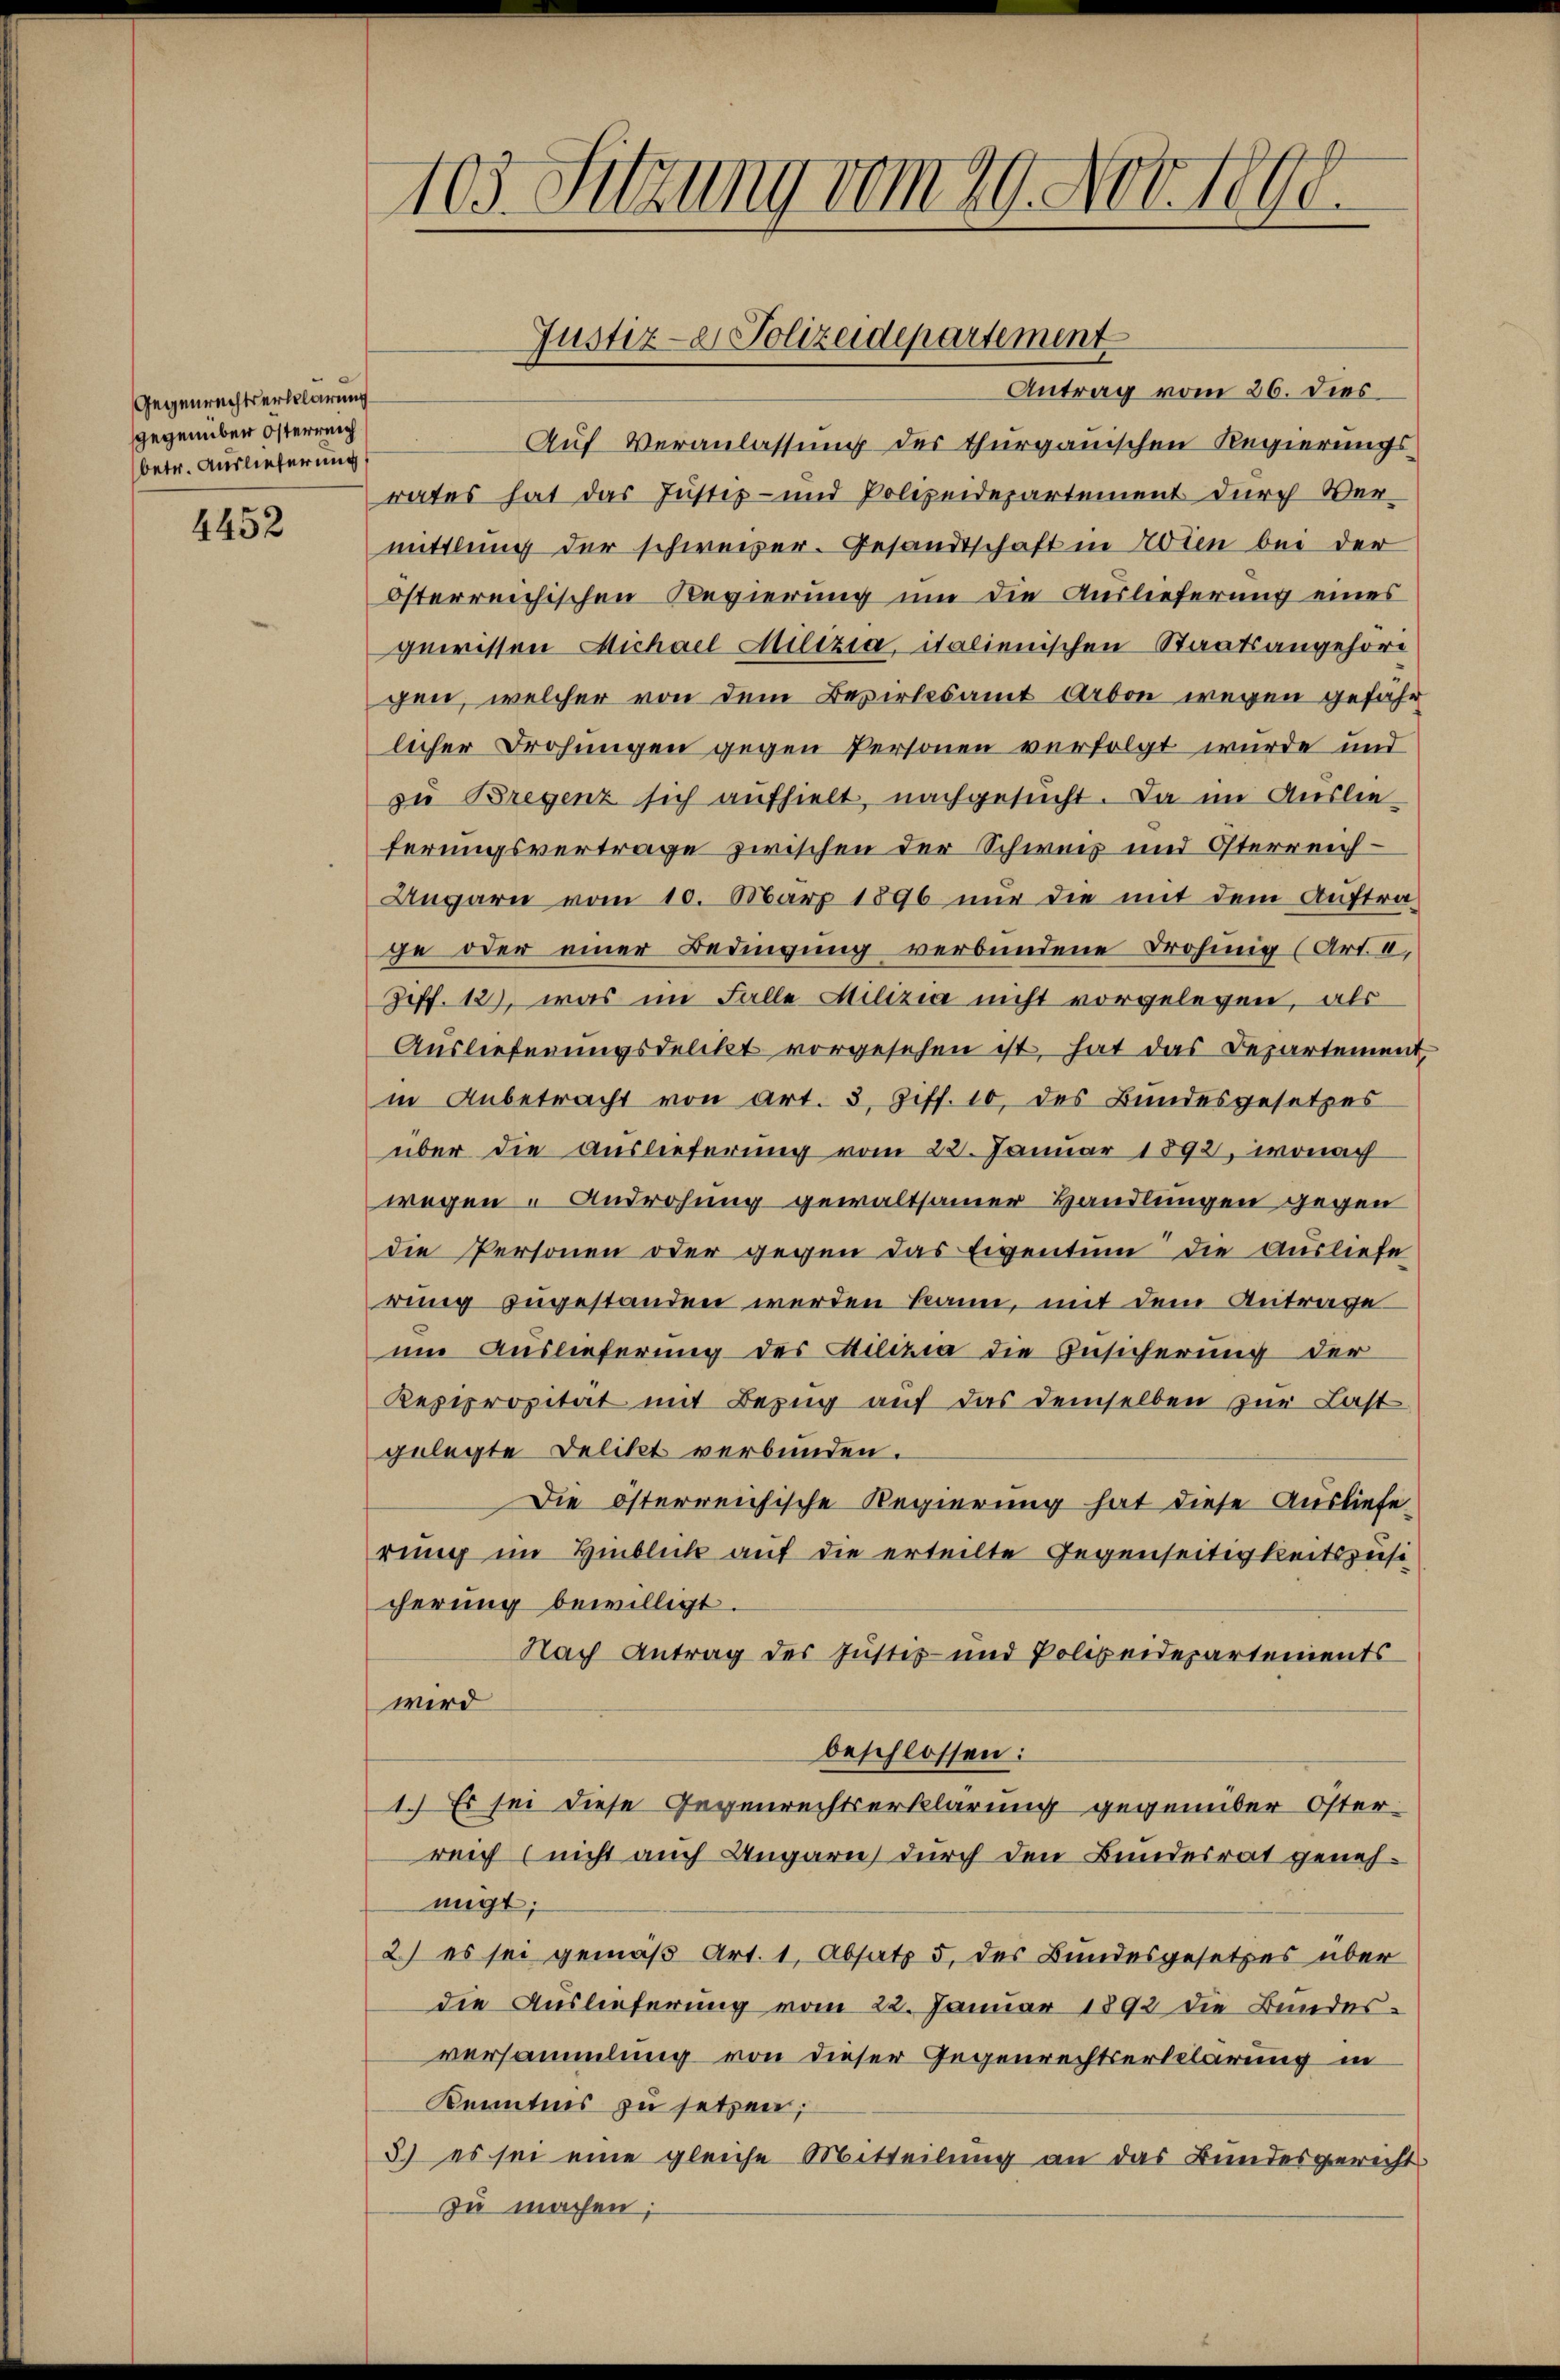
Gegenrechtserklärung
gegenüber Österreich
betr. Auslieferung

4452

103. Setzung vom 29. Nov. 1890.

Antrag vom 26. dies
Auf Veranlassung des thurgauischen Regierungsrates hat das Justiz- und Polizeidepartement durch Ver-
mittlung der schweizer. Gesandtschaft in Noten bei der
österreichischen Regierung um die Auslieferung eines
gewissen Michael Milizia, italienischen Staatsangehörd
gen, welcher von dem Bezirksamt Arbon wegen gefähr
licher Drohungen gegen Personen verfolgt wurde und
zu Bregenz sich aufhielt, nachgesucht. Da im Auslieferungsvertrage zwischen der Schweiz und Österreich¬
Ungarn vom 10. März 1896 nur die mit dem Auftrage oder einer Bedingung verbundene Drohung (Art. II,
Ziff. 12), was im Falle Milizia nicht vorgelegen, als
Auslieferungsdelikt vorgesehen ist, hat das Departement,
in Anbetracht von Art. 3, Ziff. 10, des Bundesgesetzes
über die Auslieferung vom 22. Januar 1892, wonach
wegen u Androhung gewaltsamer Handlungen gegen
die Personen oder gegen das Eigentum die Ausliefe
rung zugestanden werden kann, mit dem Antrage
um Auslieferung des Milizia die Zusicherung der
Kepiprozität mit Bezug auf das demselben zur Last
gelegte Delikt verbunden.
Die österreichische Regierung hat diese Ausliefe
rung im Hinblick auf die erteilte Gegenseitigkeitszusi
cherung bewilligt.
Nach Antrag des Justiz- und Polizeidepartements
wird
beschlossen:
1. Es sei diese Gegenrechtserklärung gegenüber Österreich (nicht auch Ungarn, durch den Bundesrat genehmigt;
2) es sei gemäß Art. 1, Absatz 5, des Bundesgesetzes über
die Auslieferung vom 22. Januar 1892 die Bundesversammlung von dieser Gegenrechtserklärung in
Kenntnis zu setzen;
3) es sei eine gleiche Mitteilung an das Bundesgericht
zu machen;

Justiz- & Polizeidepartement